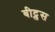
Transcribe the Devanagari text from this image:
बीट्लस